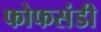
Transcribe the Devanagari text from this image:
फोफसंडी